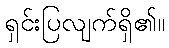
ရှင်းပြလျက်ရှိ၏။